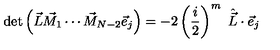
\det \left( \vec { L } \vec { M } _ { 1 } \cdots \vec { M } _ { N - 2 } \vec { e } _ { j } \right) = - 2 \left( \frac i 2 \right) ^ { m } \ \hat { \vec { L } } \cdot \vec { e } _ { j }